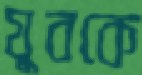
যুবকে